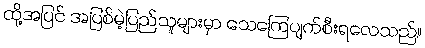
ထို့အပြင် အပြစ်မဲ့ပြည်သူများမှာ သေကြေပျက်စီးရလေသည်။